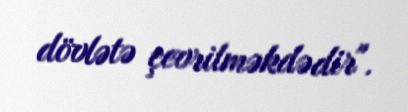
dövlətə çevrilməkdədir".